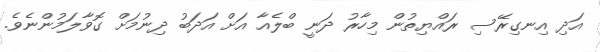
އަދި އިނގިރޭސި ރައްޔިތުން މިހާރު ދަނީ ބްލެއާ އަށް އަދަބު ދިނުމަށް ގޮވާލަމުންނެވެ.